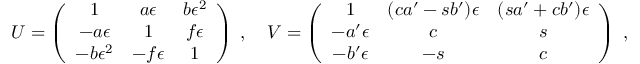
U = \left( \begin{array} { c c c } { { 1 } } & { { a \epsilon } } & { { b \epsilon ^ { 2 } } } \\ { { - a \epsilon } } & { { 1 } } & { { f \epsilon } } \\ { { - b \epsilon ^ { 2 } } } & { { - f \epsilon } } & { { 1 } } \end{array} \right) \; , \quad V = \left( \begin{array} { c c c } { { 1 } } & { { ( c a ^ { \prime } - s b ^ { \prime } ) \epsilon } } & { { ( s a ^ { \prime } + c b ^ { \prime } ) \epsilon } } \\ { { - a ^ { \prime } \epsilon } } & { { c } } & { { s } } \\ { { - b ^ { \prime } \epsilon } } & { { - s } } & { { c } } \end{array} \right) \; ,